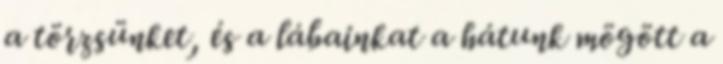
a törzsünket, és a lábainkat a hátunk mögött a